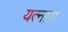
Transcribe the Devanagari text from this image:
यत्नास